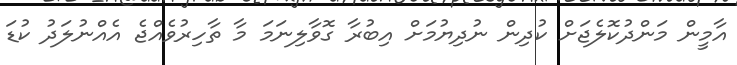
އާމީން މަންދުކޮލެޖަށް ކުދިން ނުދިޔުމަށް އިބުރާ ގޮވާލިނަމަ މާ ތާހިރުވެއްޖެ އެއްނުލަދު ކުޑަ